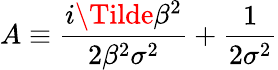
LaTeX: A\equiv\frac{i\Tilde{\beta}^{2}}{2\beta^{2}\sigma^{2}}+\frac{1}{2\sigma^{2}}